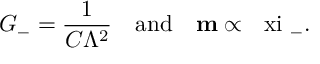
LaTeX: G _ { - } = \frac { 1 } { C \Lambda ^ { 2 } } \quad \mathrm { a n d } \quad { \bf m } \propto \mathrm { \boldmath ~ \ x i ~ } _ { - } .